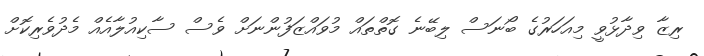
ރިޒާ ވިދާޅުވީ މިއަހަރުގެ ބޯނަސް ލިބޭނެ ގޮތްތައް މުވައްޒަފުންނަށް ވެސް ސާކިއުލާއެއް މެދުވެރިކޮށް